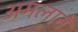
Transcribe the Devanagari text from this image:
अमलाने